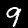
Digit: 9